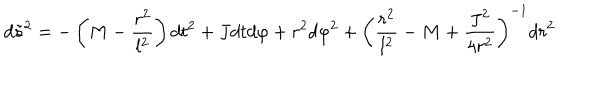
d { \tilde { s } } ^ { 2 } = - \left( M - \frac { r ^ { 2 } } { l ^ { 2 } } \right) d t ^ { 2 } + J d t d \varphi + r ^ { 2 } d \varphi ^ { 2 } + \left( \frac { r ^ { 2 } } { l ^ { 2 } } - M + \frac { J ^ { 2 } } { 4 r ^ { 2 } } \right) ^ { - 1 } d r ^ { 2 }